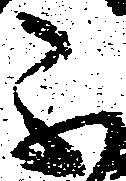
不